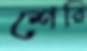
শেরি